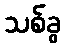
သစ်ခွ